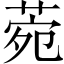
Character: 菀